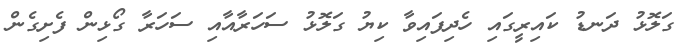
ގަލޮޅު ދަނޑު ކައިރީގައި ހެދިފައިވާ ކިޔު ގަލޮޅު ސަހަރާއާއި ސަހަރާ ގޯޅިން ފެށިގެން